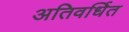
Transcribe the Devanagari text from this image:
अतिवर्धित